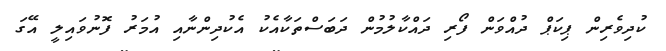
ކުދިވެރިން ޕިކަޕް ދުއްވަން ފޯރި ދައްކާލުމުން ދަބަސްތަކާއެކު އެކުދިންނާއި އުމަރު ފޮނުވައިލީ އޭގަ